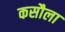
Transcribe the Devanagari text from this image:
कसौला